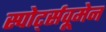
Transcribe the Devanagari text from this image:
स्पोर्ट्सवूमेन